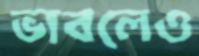
ভাবলেও